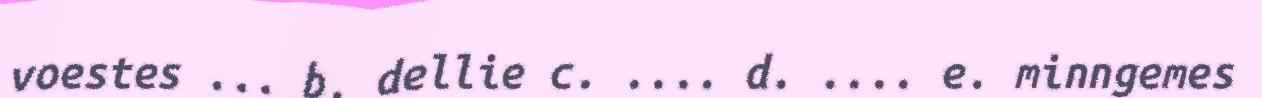
voestes ... b. dellie c. .... d. .... e. minngemes